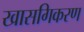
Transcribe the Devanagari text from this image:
खासगिकरण